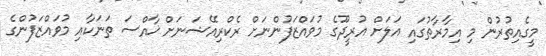
މީގެއިތުރުން މި އިމާރާތުގައި އަލަށް އުރީދޫގެ މުވައްޒަފުންނަށް ރެކްރިއޭޝަނަށް ޚާއްސަ ތަނަކާއި މުވައްޒަފުންގެ